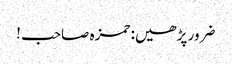
ضرور پڑھیں: حمزہ صاحب !